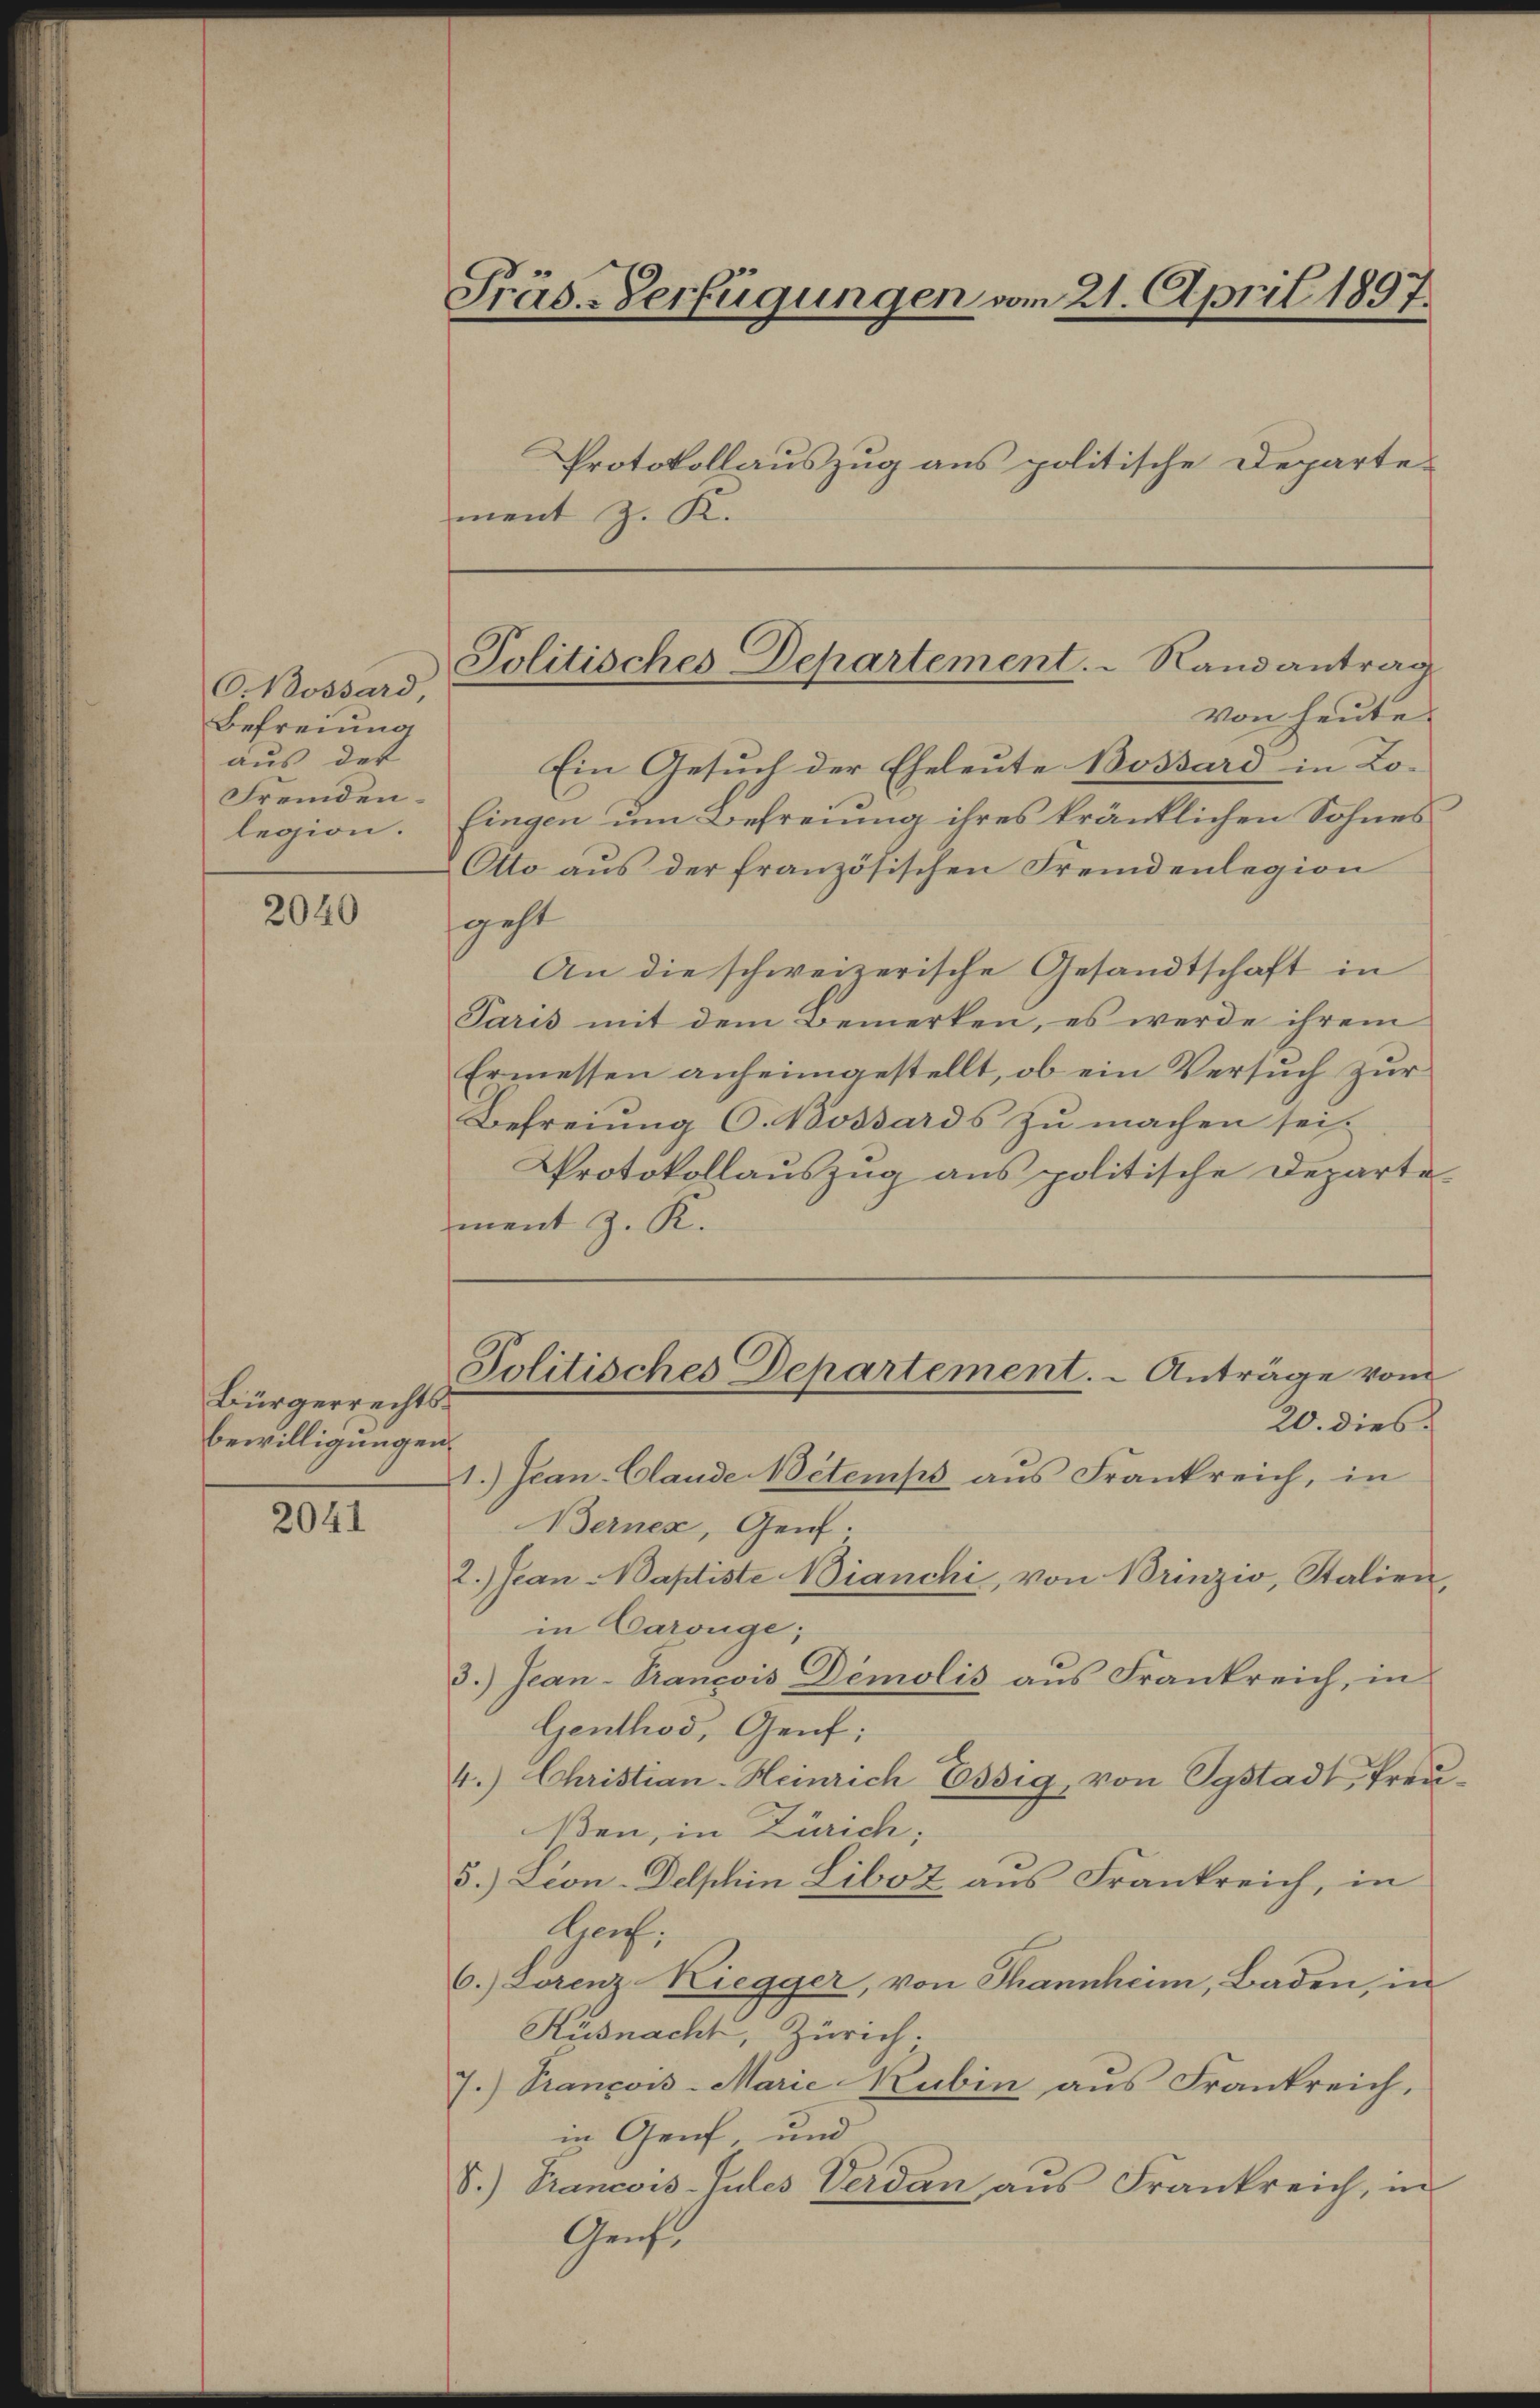
O Nossard,
Befreiung
aus der
Fremdenlegion.

2040

Bürgerrechtsbewilligungen

2041

Präs.-Verfügungen vom 21. April 1897.
Protokollauszug aus politische Departe-

ment z. K.

Politisches Departement. - Randantrag
von heute.

Politisches Departement. - Anträge vom

Ein Gesuch der Eheleute Bossard in Lo-
fingen um Befreiung ihres kränklichen Sohnes
Otto aus der französischen Fremdenlegion
geht
An die schweizerische Gesandtschaft in
Paris mit dem Bemerken, es werde ihrem
Ermessen anheimgestellt, ob ein Versuch zur
Befreiung C. Bossards zu machen sei.
Protokollaŭszŭg ans politische Departe-
ment z. R.
20. dies
1.) Jean-Clande Betemps aŭs Frankreich, in
Bernex, Genf.
2.) Jean Baptiste Bianchi, von Brinzio, Stalien,
in Carouge;
3.) Jean-Trançois Demolis aus Frankreich, in
Genthod, Genf;
4.) Christian-Heinrich Essig, von Sgstadt, Freu
ßen, in Zürich;
5.) Lion-Delphin Liboz aus Frankreich, in
Horf.
6.) Lorenz Riegger, von Tannheim, Baden, in
Küsnacht, Zürich.
7.) Prançois-Marie Kubin aus Frankreich,
in Genf, und
S.) Francois-Jules Verdan aus Frankreich, in
Genf